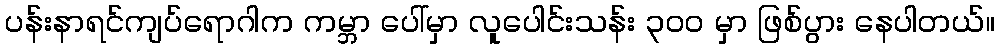
ပန်းနာရင်ကျပ်ရောဂါက ကမ္ဘာ ပေါ်မှာ လူပေါင်းသန်း ၃၀၀ မှာ ဖြစ်ပွား နေပါတယ်။